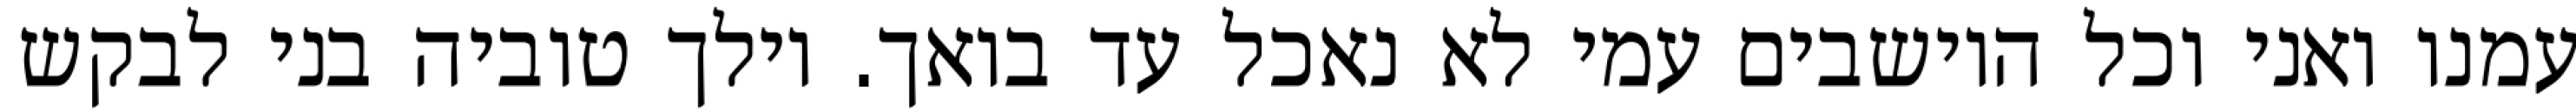
עמנו ואני וכל היושבים עמי לא נאכל עד בואך. וילך טוביה בני לבקש